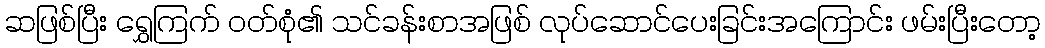
ဆဖြစ်ပြီး ရွှေကြက် ဝတ်စုံ၏ သင်ခန်းစာအဖြစ် လုပ်ဆောင်ပေးခြင်းအကြောင်း ဖမ်းပြီးတော့